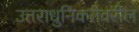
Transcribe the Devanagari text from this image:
उत्तराधुनिकतेवरील